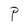
Character: P